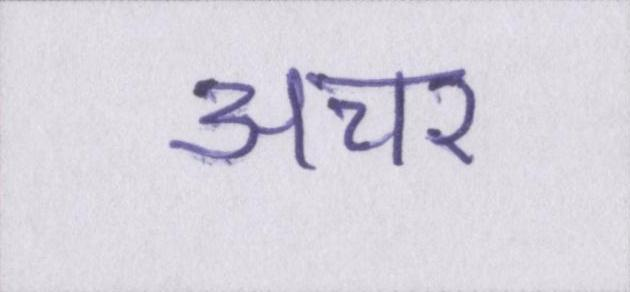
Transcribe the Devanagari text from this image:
अचर